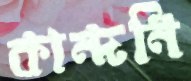
কান্দনি